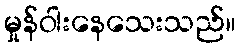
မှုန်ဝါးနေသေးသည်။